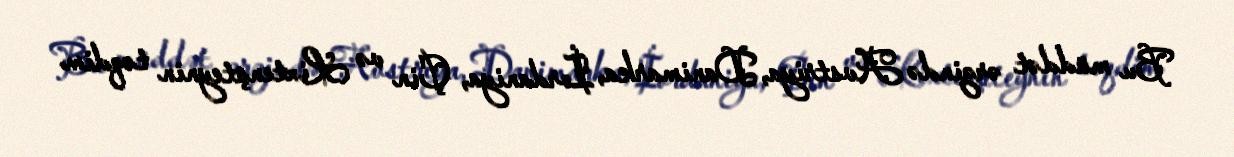
Bu müddət ərzində Avstriya, Danimarka, İordaniya, Çin və Lixtenşteynin təqdim